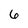
Character: 6